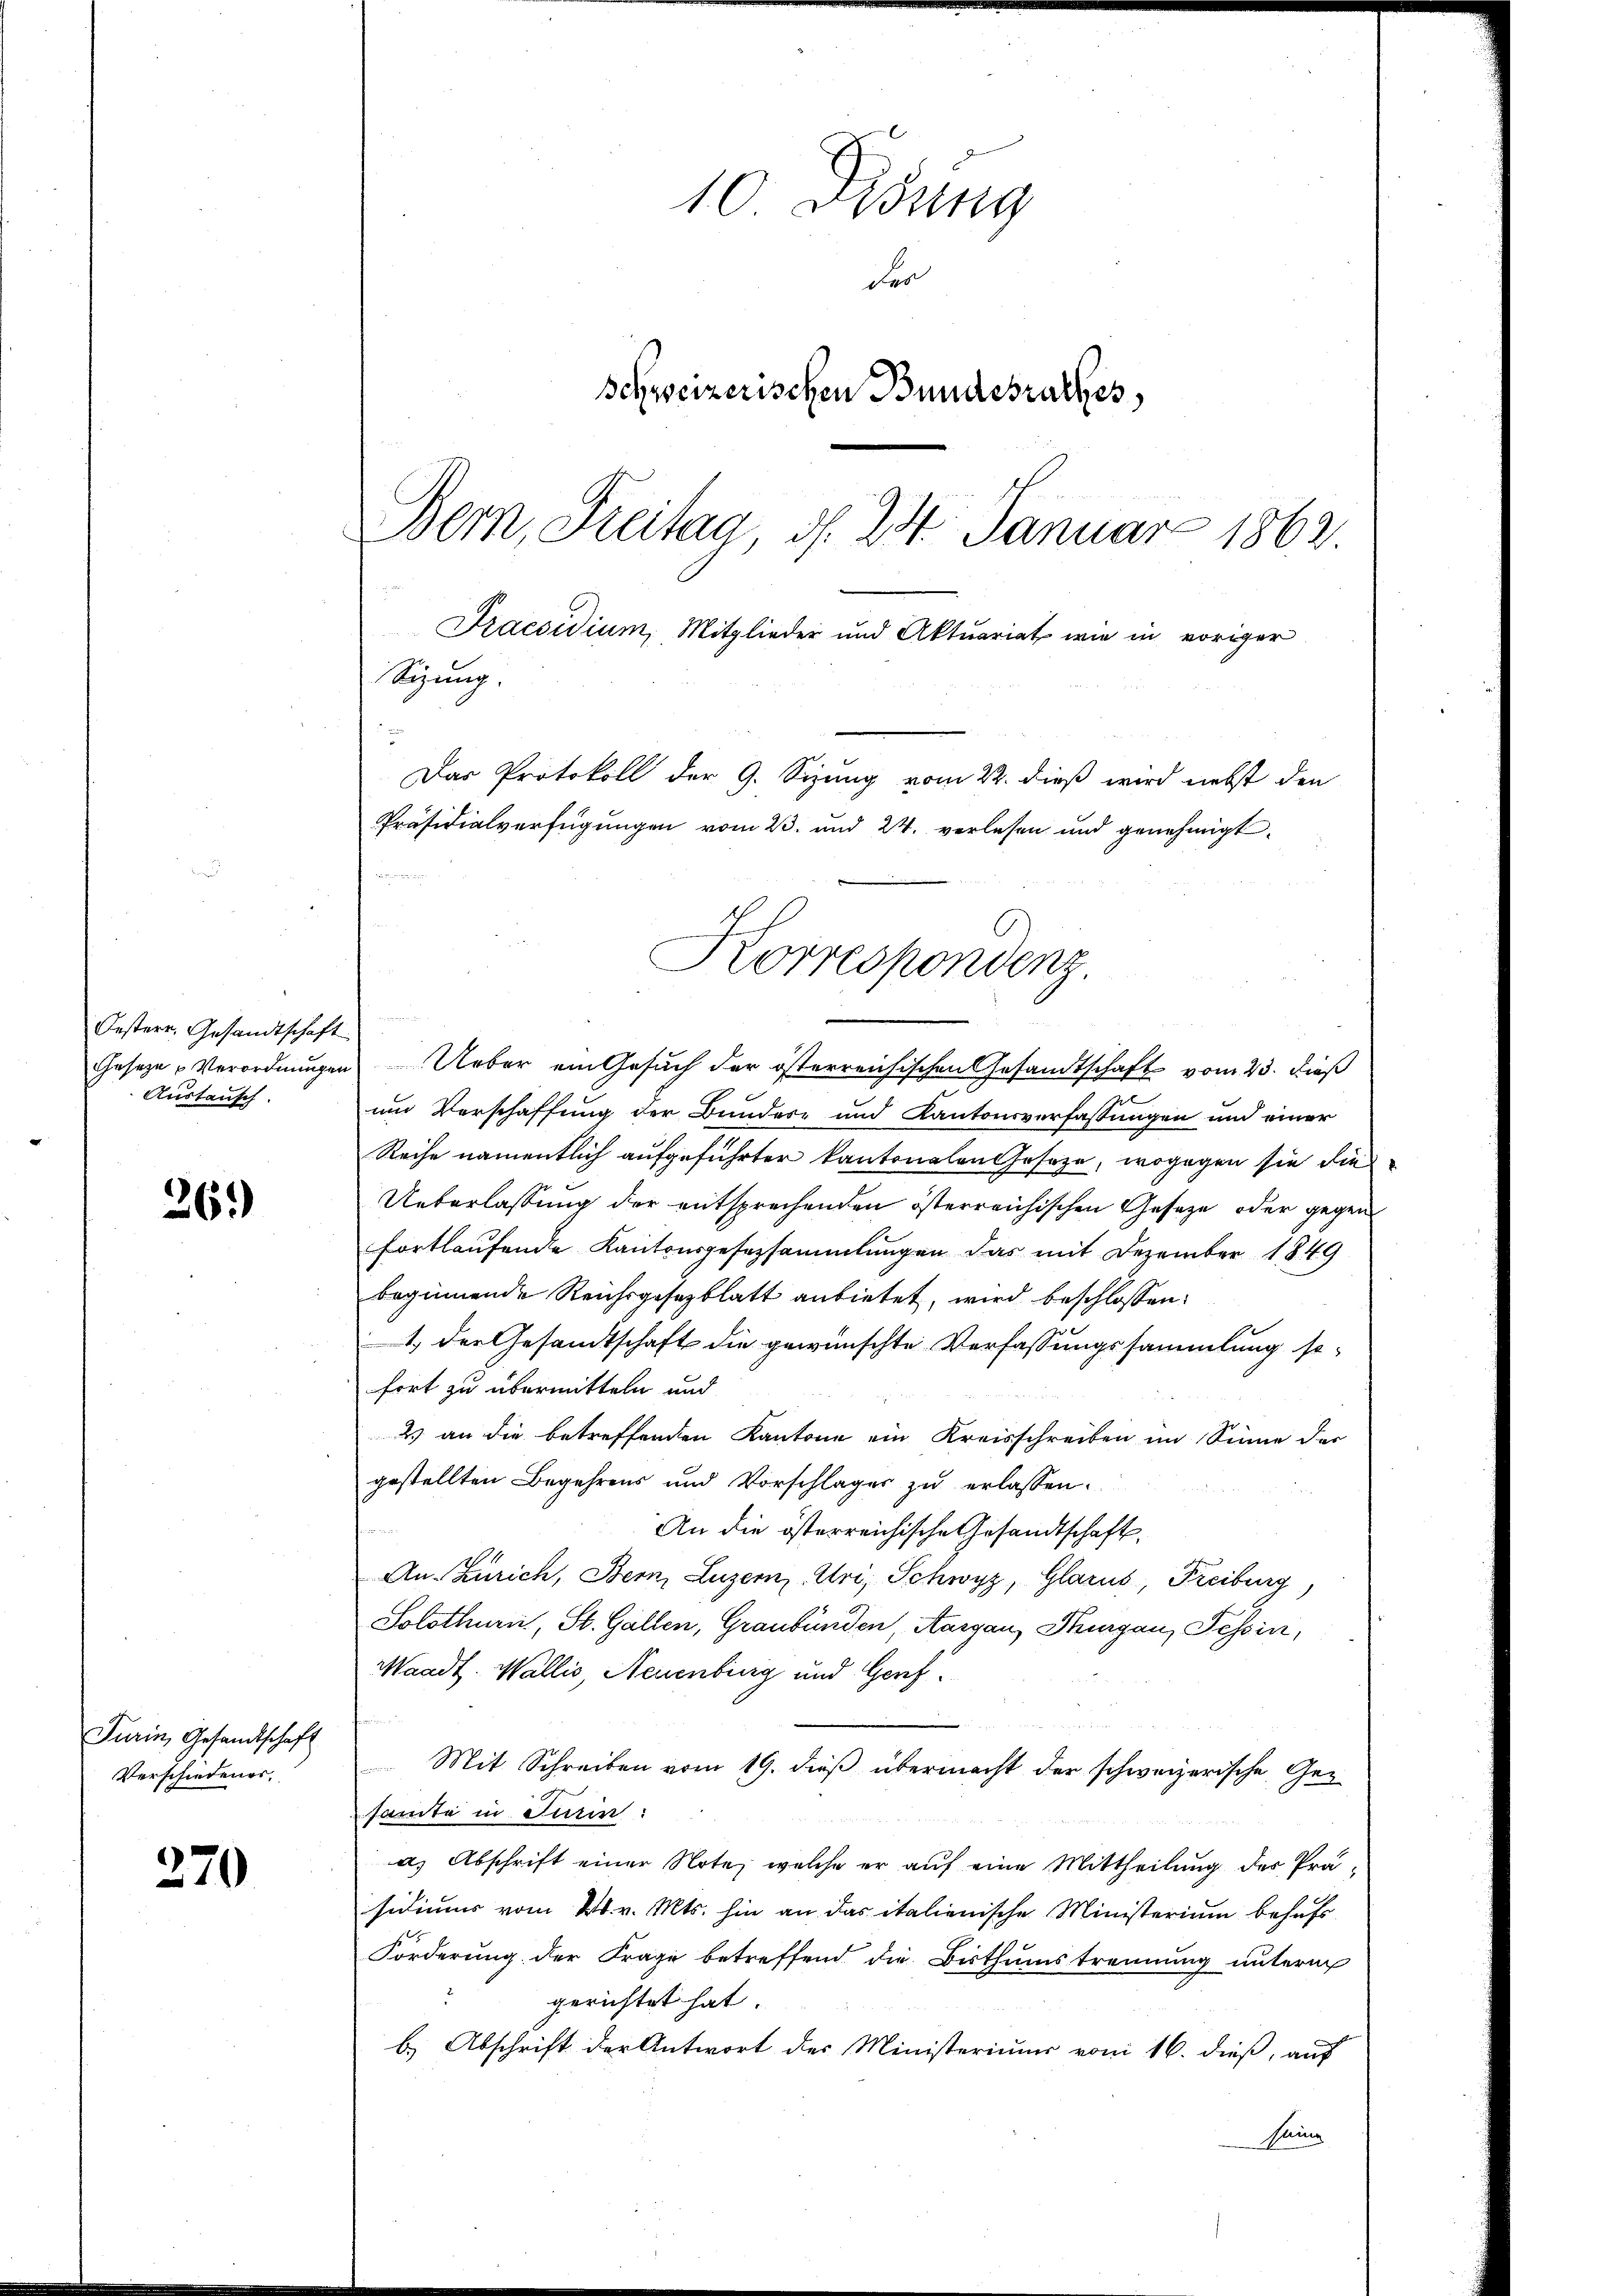
Oesterr. Gesandtschaft
Austausch.

36.)

Turin, Gesandtschaft
Verschiedener.

270

10 Didung
der
Schweizerischen Bundesrathes
Bern, Freitag d. 24. Januar 1863.
Praesidium, Mitglieder und Aktuariat wie in voriger
Sizung.
Das Protokoll der 9. Sizung vom 22. dieß wird nebst den
Präsidialverfügungen vom 23. und 24. verlesen und genehmigt.

Korrespondenz.

Geseze Verordnungen Ueber ein Gesuch der österreichischen Gesandtschaft vom 23. dieß
und Verschaffung der Bundere und Kantonsverfassungen und einer
Reihe namentlich aufgeführter Kantonalen Geseze, wogegen sie die
Ueberlassung der entsprechenden österreichischen Gesetze oder gegen
fortlaufende Kantonsgesezsammlungen das mit Dezember 1849
beginnende Reichsgesezblatt anbietet, wird beschlossen:
1) der Gesandtschaft die gewünschte Verfassungssammlung sofort zu übermitteln und
22 1890
2) an die betreffenden Kantone ein Kreisschreiben im Sinne der
gestellten Begehrens und Vorschläger zu erlassen.
An die österreichische Gesandtschaft,
An Zürich, Bern, Luzern, Uri, Schwyz, Glarus, Freiburg,
Solothurn, St. Gallen, Graubünden, Aargau, Thurgau, Tessin,
Waadt. Wallis, Neuenburg und Genf
Mit Schreiben vom 19. dieß übermacht der schweizerische Gesamte in Turin:
as Abschrift einer Note, welche er auf eine Mittheilung des Präsidiums vom 24. v. Mts. hin an das italienische Ministerium behufs
Forderung der Frage betreffend die Bisthumstrennung unterm
2
gerichtet hat.
b.) Abschrift der Antwort des Ministeriums vom 16. dieß, auf
Seine